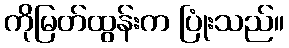
ကိုမြတ်ထွန်းက ပြုံးသည်။